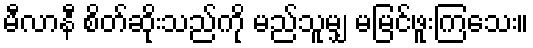
မီလာနီ စိတ်ဆိုးသည်ကို မည်သူမျှ မမြင်ဖူးကြသေး။